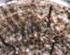
إخفائه